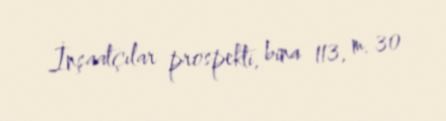
İnşaatçılar prospekti, bina 113, m. 30